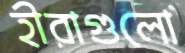
হীরাগুলো